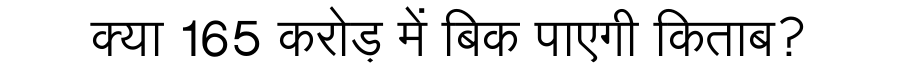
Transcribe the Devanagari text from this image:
क्या 165 करोड़ में बिक पाएगी किताब?